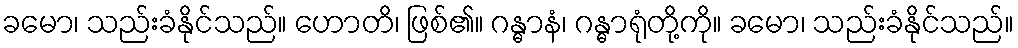
ခမော၊ သည်းခံနိုင်သည်။ ဟောတိ၊ ဖြစ်၏။ ဂန္ဓာနံ၊ ဂန္ဓာရုံတို့ကို။ ခမော၊ သည်းခံနိုင်သည်။